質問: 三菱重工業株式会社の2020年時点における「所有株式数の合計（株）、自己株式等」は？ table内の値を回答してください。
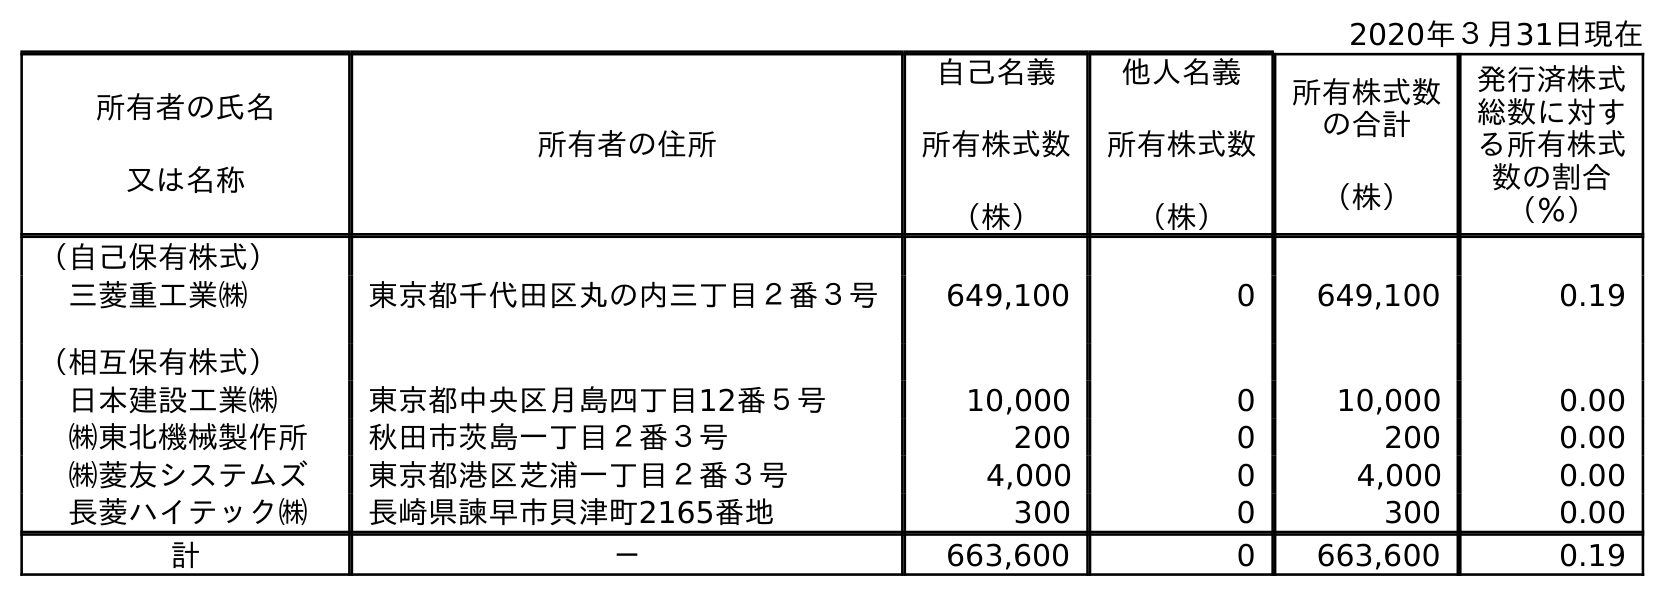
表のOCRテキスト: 2020年３月31日現在 所有者の氏名 又は名称 所有者の住所 自己名義 所有株式数 （株） 他人名義 所有株式数 （株） 所有株式数 の合計 （株） 発行済株式 総数に対す る所有株式 数の割合 （％） （自己保有株式） 三菱重工業㈱ 東京都千代田区丸の内三丁目２番３号 649,100 0 649,100 0.19 （相互保有株式） 日本建設工業㈱ 東京都中央区月島四丁目12番５号 10,000 0 10,000 0.00 ㈱東北機械製作所 秋田市茨島一丁目２番３号 200 0 200 0.00 ㈱菱友システムズ 東京都港区芝浦一丁目２番３号 4,000 0 4,000 0.00 長菱ハイテック㈱ 長崎県諫早市貝津町2165番地 300 0 300 0.00 計 － 663,600 0 663,600 0.19
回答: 663,600